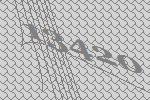
13420